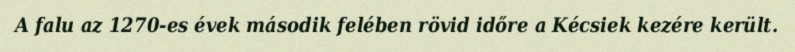
A falu az 1270-es évek második felében rövid időre a Kécsiek kezére került.